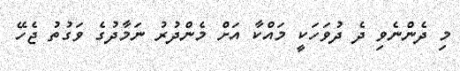
މި ދެންނެވި ދެ ދުވަހަކީ މައްކާ އަށް މެންދުރު ނަމާދުގެ ވަގުތު ޖެހޭ